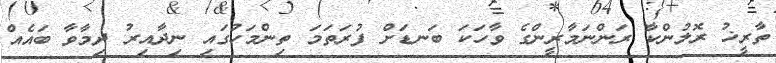
ތާރީޚު ރޮލުންކާ ރަންނަމާރީންގެ ވާހަކަ ބަނޑަށް ފުރަތަމަ ތިންމަހުގައި ނިދާއިރު ދިމާވާ ބައެއް